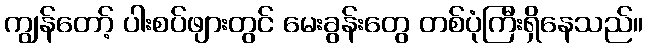
ကျွန်တော့် ပါးစပ်ဖျားတွင် မေးခွန်းတွေ တစ်ပုံကြီးရှိနေသည်။